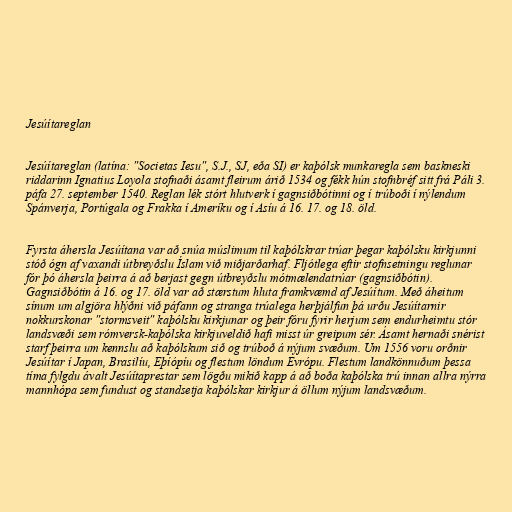
Jesúítareglan

Jesúítareglan (latína: "Societas Iesu", S.J., SJ, eða SI) er kaþólsk munkaregla sem baskneski
riddarinn Ignatius Loyola stofnaði ásamt fleirum árið 1534 og fékk hún stofnbréf sitt frá Páli 3.
páfa 27. september 1540. Reglan lék stórt hlutverk í gagnsiðbótinni og í trúboði í nýlendum
Spánverja, Portúgala og Frakka í Ameríku og í Asíu á 16. 17. og 18. öld.

Fyrsta áhersla Jesúítana var að snúa múslimum til kaþólskrar trúar þegar kaþólsku kirkjunni
stóð ógn af vaxandi útbreyðslu Íslam við miðjarðarhaf. Fljótlega eftir stofnsetningu reglunar
fór þó áhersla þeirra á að berjast gegn útbreyðslu mótmælendatrúar (gagnsiðbótin).
Gagnsiðbótin á 16. og 17. öld var að stærstum hluta framkvæmd af Jesúítum. Með áheitum
sínum um algjöra hlýðni við páfann og stranga trúalega herþjálfun þá urðu Jesúítarnir
nokkurskonar "stormsveit" kaþólsku kirkjunar og þeir fóru fyrir herjum sem endurheimtu stór
landsvæði sem rómversk-kaþólska kirkjuveldið hafi misst úr greipum sér. Ásamt hernaði snérist
starf þeirra um kennslu að kaþólskum sið og trúboð á nýjum svæðum. Um 1556 voru orðnir
Jesúítar í Japan, Brasilíu, Eþíópíu og flestum löndum Evrópu. Flestum landkönnuðum þessa
tíma fylgdu ávalt Jesúítaprestar sem lögðu mikið kapp á að boða kaþólska trú innan allra nýrra
mannhópa sem fundust og standsetja kaþólskar kirkjur á öllum nýjum landsvæðum.